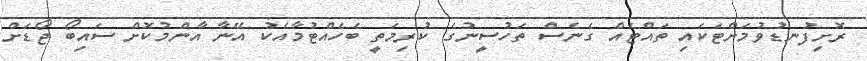
ރޮށިފުނޑުވުމަށްޓަކައި ތައްޓެއް ގެނެސް ތަހުސީނުގެ ކުރިމަތީ ބެހެއްޓުމާއެކު އޭނާ އާންމުކޮށް ސައިބޯ ޖޯޑަށް